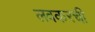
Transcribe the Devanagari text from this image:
लवकरची